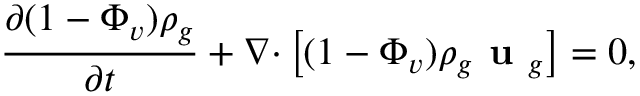
\frac { \partial ( 1 - \Phi _ { v } ) \rho _ { g } } { \partial t } + \nabla \mathbf { \mathbf { \cdot } } \left[ ( 1 - \Phi _ { v } ) \rho _ { g } \textbf { u } _ { g } \right] = 0 ,